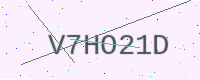
Text: V7HO21D